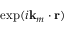
\exp ( i \mathbf { k } _ { m } \cdot \mathbf { r } )